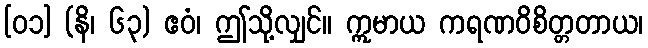
[၀၁] (နိ၊ ၆၃) ဧဝံ၊ ဤသို့လျှင်။ ဣမာယ ကရဏဝိစိတ္တတာယ၊